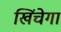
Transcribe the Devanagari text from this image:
खिंचेगा